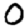
Digit: 0